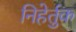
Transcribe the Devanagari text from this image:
निहेर्तुक